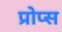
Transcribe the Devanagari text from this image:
प्रोप्स